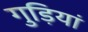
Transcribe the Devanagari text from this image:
गुड़ियां